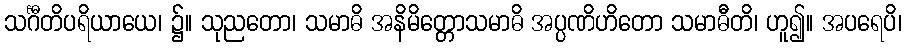
သင်္ဂီတိပရိယာယေ၊ ၌။ သုညတော၊ သမာဓိ အနိမိတ္တောသမာဓိ အပ္ပဏိဟိတော သမာဓီတိ၊ ဟူ၍။ အပရေပိ၊